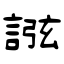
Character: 誸